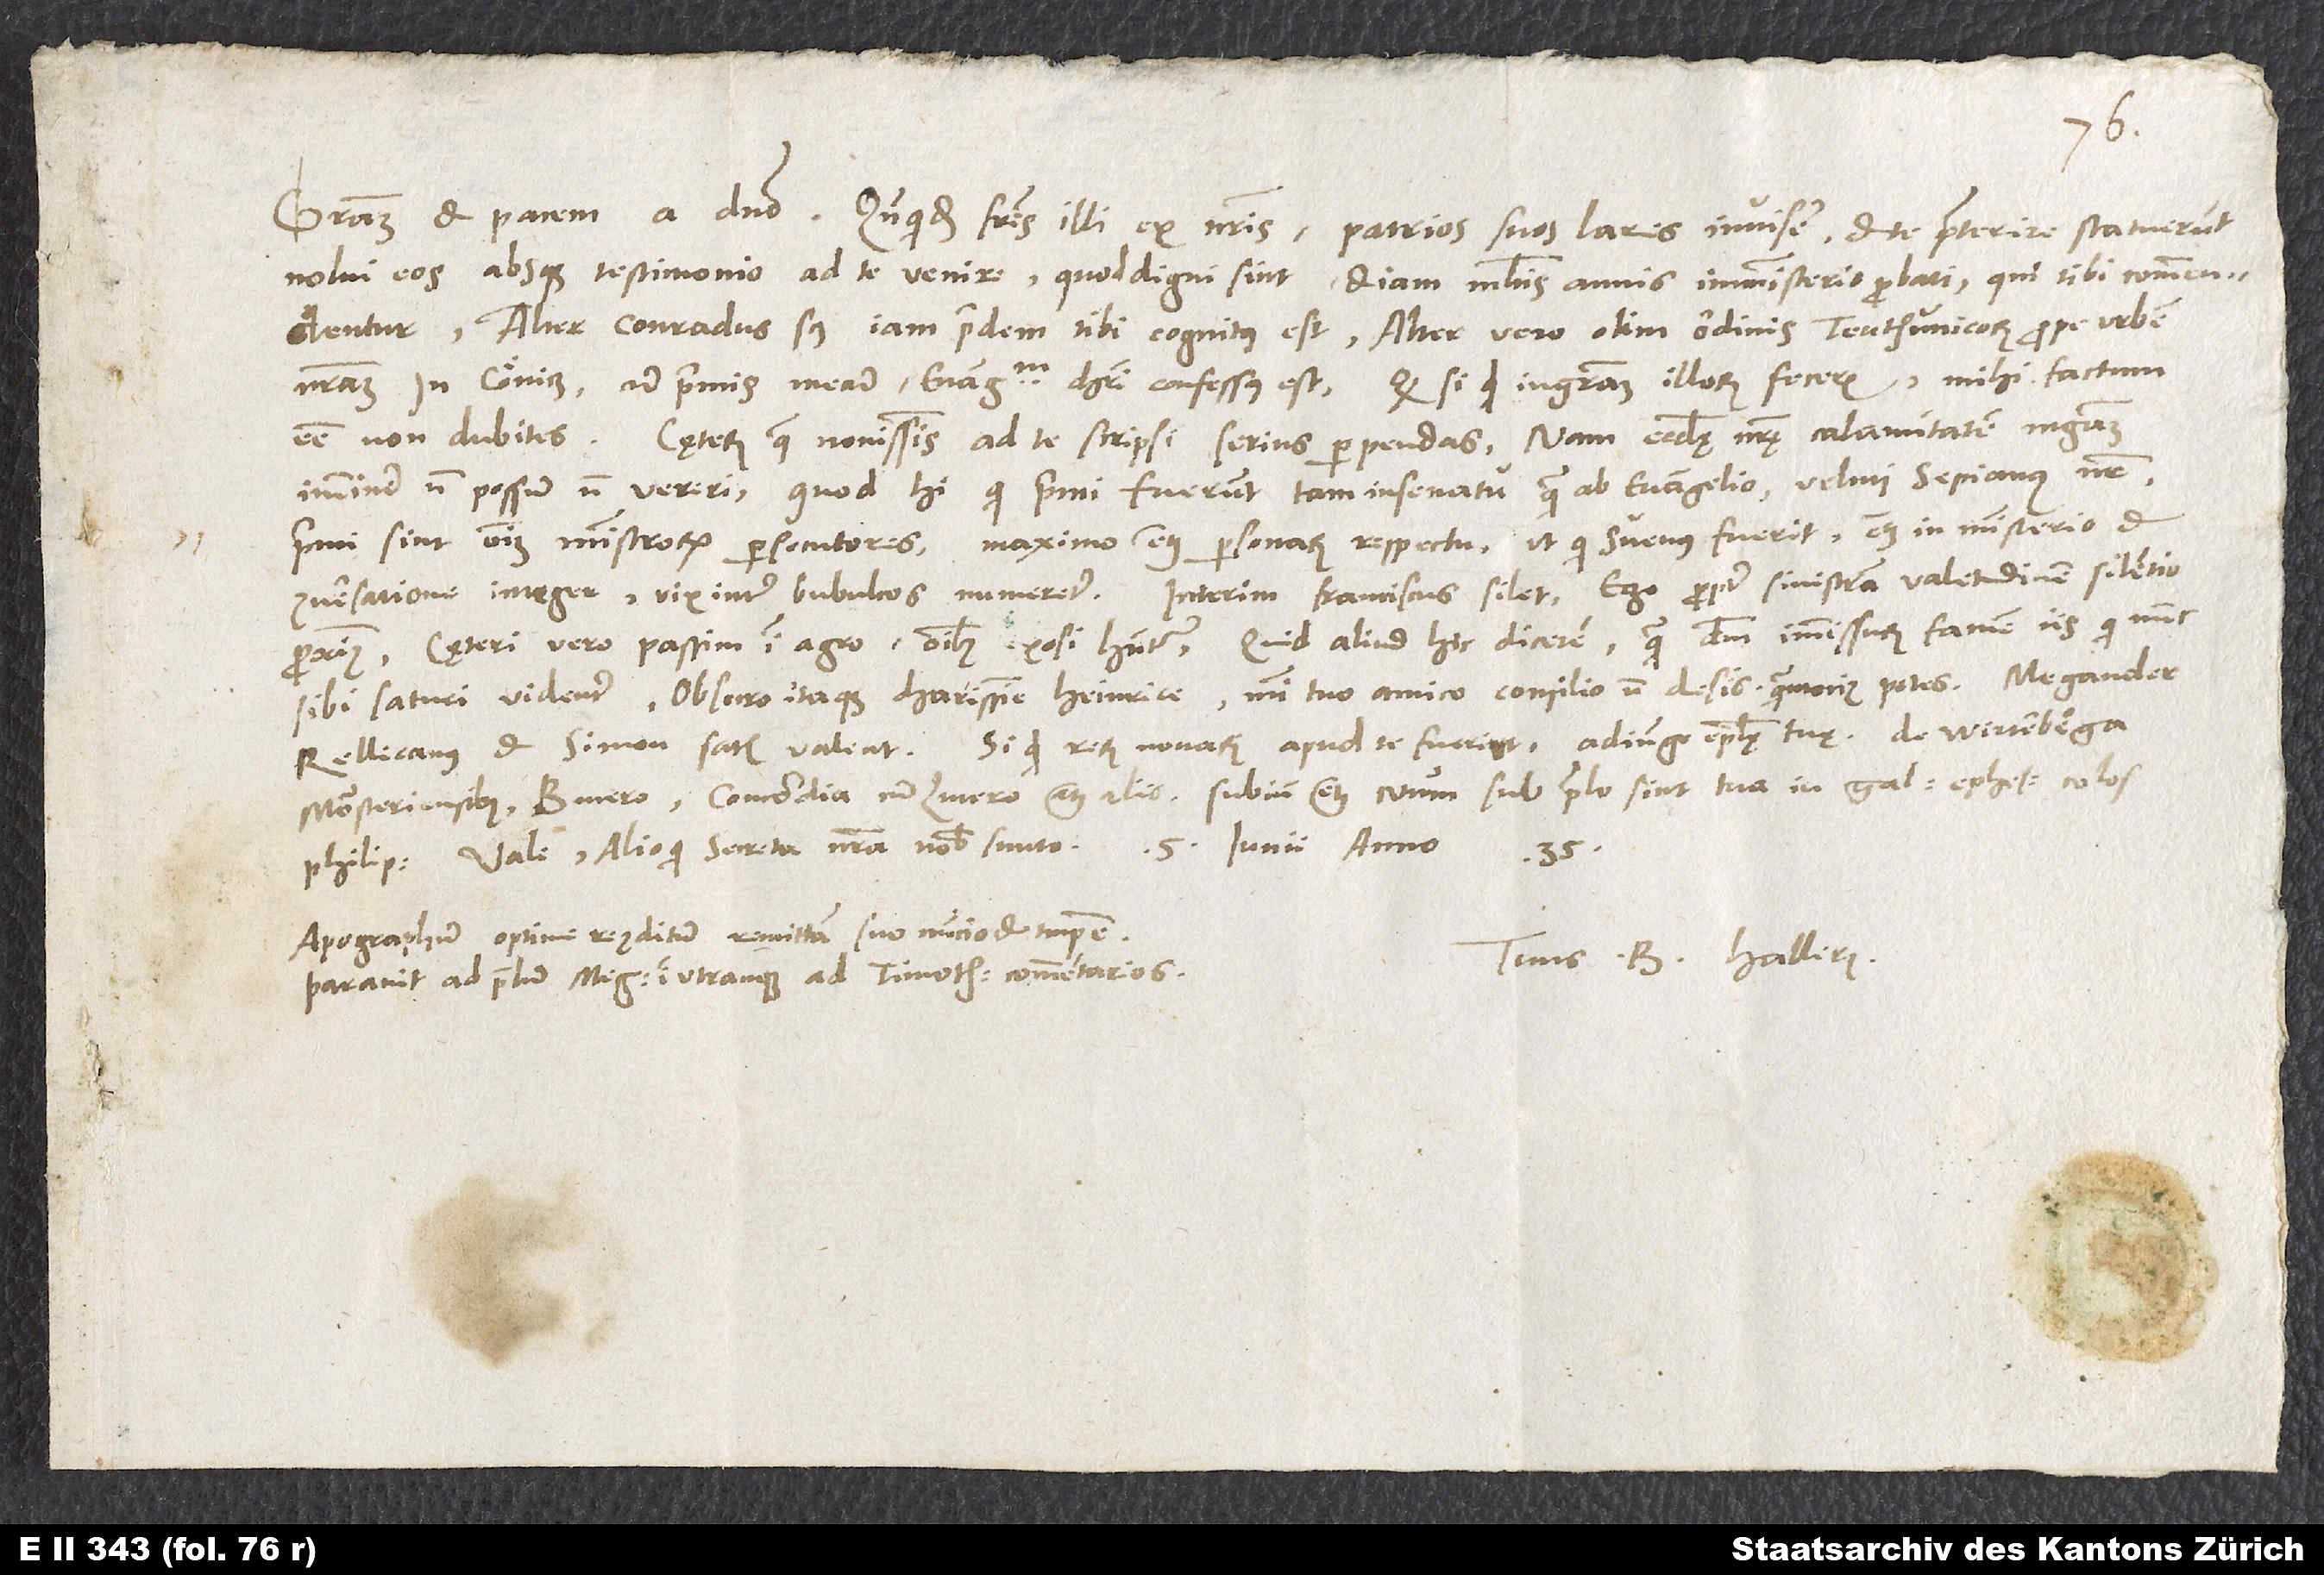
nolui eos absque testimonio ad te venire, quod digni sint et iam multis annis in ministerio probati, qui tibi commendentur.
Alter, Conradus scilicet, iam pridem tibi cognitus est, alter vero, olim ordinis Teuthonicorum prope urbem
nostram in Cönitz, cum primis mecum evangelium Christi confessus est. Quodsi quid in gratiam illorum feceris, mihi factum
Cęterum, quod novissimis ad te scripsi, serius perpendas; nam ecclesiae nostrę calamitatem magnam
imminere non possum non vereri, quod hi, qui primi fuerunt tam in senatu quam ab evangelio veluti Sepianus noster,
primi sint omnium ministrorum persecutores, maximo etiam personarum respectu, ut qui Svevus fuerit, etiam in ministerio et
conversatione integer, vix inter bubulcos numeretur. Interim Franciscus silet, ego propter sinistram valetudinem silentio
proximus, cęteri vero passim in agro omnibus exosi habentur. Quid aliud hic dicerem quam deum immissurum famem iis, qui nunc
sibi saturi videntur. Obsecro itaque, charissime Heinrice, mihi tuo amico consilio non desis, quantocius potes.
Monasteriensibus, Bucero, concordia cum Lutero atque aliis, subinde etiam, num sub prelo sint tua in Galatas, Ephesios, Colossenses,
5. iunii anno
35.
Alioqui secreta nostra nobis sunto.
Apographum optime reconditum remittam suo nuncio et tempore.
Tuus B. Hallerus.
Paravit ad prelum Megander in utranque ad Timotheum commentarios.